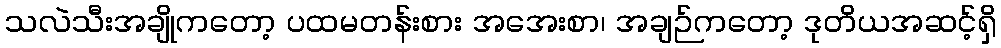
သလဲသီးအချိုကတော့ ပထမတန်းစား အအေးစာ၊ အချဉ်ကတော့ ဒုတိယအဆင့်ရှိ